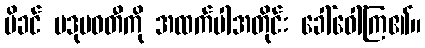
မိခင် ပဒုမဝတီကို အထက်ပါအတိုင်း ခေါ်ဝေါ်ကြ၏။